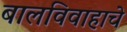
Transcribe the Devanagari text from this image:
बालविवाहाचे